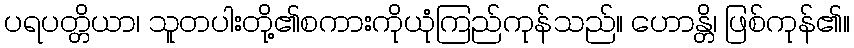
ပရပတ္တိယာ၊ သူတပါးတို့၏စကားကိုယုံကြည်ကုန်သည်။ ဟောန္တိ၊ ဖြစ်ကုန်၏။